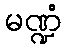
မဏ္ဍံ